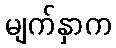
မျက်နှာက